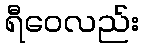
ရီဝေလည်း